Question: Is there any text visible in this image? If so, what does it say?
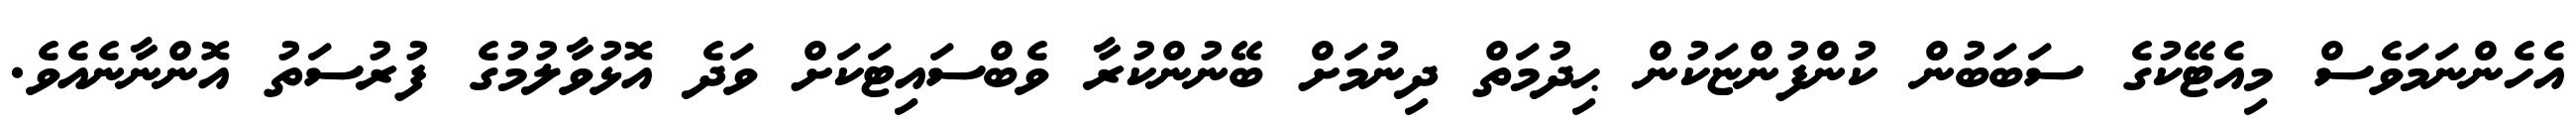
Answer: އެހެންނަމަވެސް މިއެޓޭކުގެ ސަބަބުން ކުންފުންޏަކުން ޙިދުމަތް ދިނުމަށް ބޭނުންކުރާ ވެބްސައިޓަކަށް ވަދެ އޮޅުވާލުމުގެ ފުރުސަތު އޮންނާނެއެވެ.